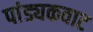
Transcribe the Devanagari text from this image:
पांड्यकवाट